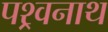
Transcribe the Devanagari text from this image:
पश्र्वनाथ